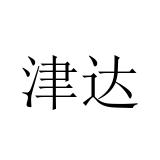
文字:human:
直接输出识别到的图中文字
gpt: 津达